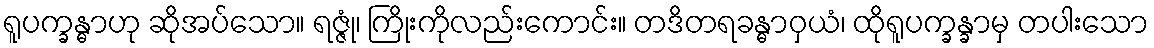
ရူပက္ခန္ဓာဟု ဆိုအပ်သော။ ရဇ္ဇုံ၊ ကြိုးကိုလည်းကောင်း။ တဒိတရခန္ဓာဝှယံ၊ ထိုရူပက္ခန္ခာမှ တပါးသော